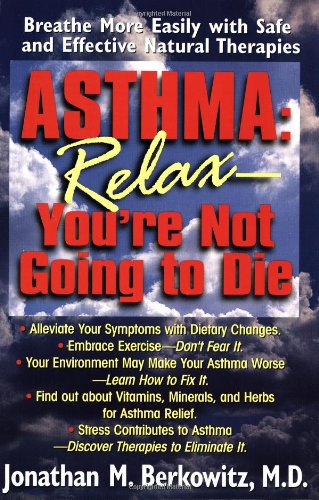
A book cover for Asthma: Relax, You're Not Going to Die; Jonathan M. Berkowitz; Health, Fitness & Dieting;